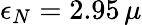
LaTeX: \epsilon_{N}=2.95\, \mu